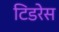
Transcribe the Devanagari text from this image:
टिडरेस